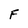
Character: F